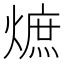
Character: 熫